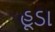
હૂડા